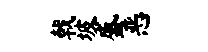
戟坡盛恶